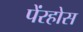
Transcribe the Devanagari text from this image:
पेंरहोस